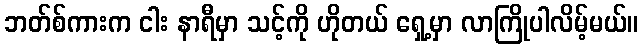
ဘတ်စ်ကားက ငါး နာရီမှာ သင့်ကို ဟိုတယ် ရှေ့မှာ လာကြိုပါလိမ့်မယ်။